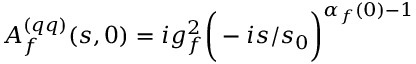
A _ { f } ^ { ( q q ) } ( s , 0 ) = i g _ { f } ^ { 2 } \bigg ( - i { s / s _ { 0 } } \bigg ) ^ { \alpha _ { f } ( 0 ) - 1 }